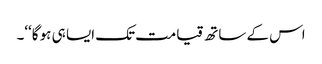
اس کے ساتھ قیامت تک ایسا ہی ہو گا‘‘۔